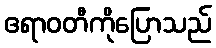
ဧရာဝတီကိုပြောသည်